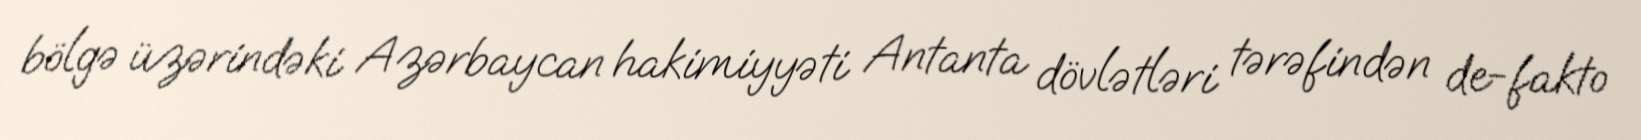
bölgə üzərindəki Azərbaycan hakimiyyəti Antanta dövlətləri tərəfindən de-fakto